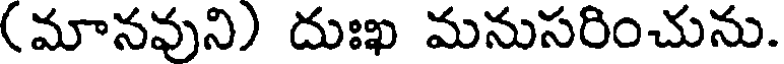
(మానవుని) దుఃఖ మనుసరించును.